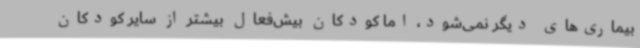
بیماری‌های دیگر نمی‌شود، اما کودکان بیش‌فعال بیشتر از سایر کودکان